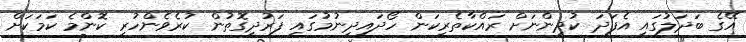
އޭގެ ބަދަލުގައި އެފަދަ ކުދިންނަށް ރައްކާތެރިކަން ހޯދައިދިނުމުގައި ފަރުދީގޮތުން ކުރެވެންހުރި ކޮންމެ ކަމަކަށް